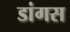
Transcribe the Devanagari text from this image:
डांगस